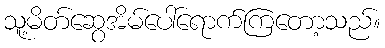
သူ့မိတ်ဆွေအိမ်ပေါ်ရောက်ကြတော့သည်။